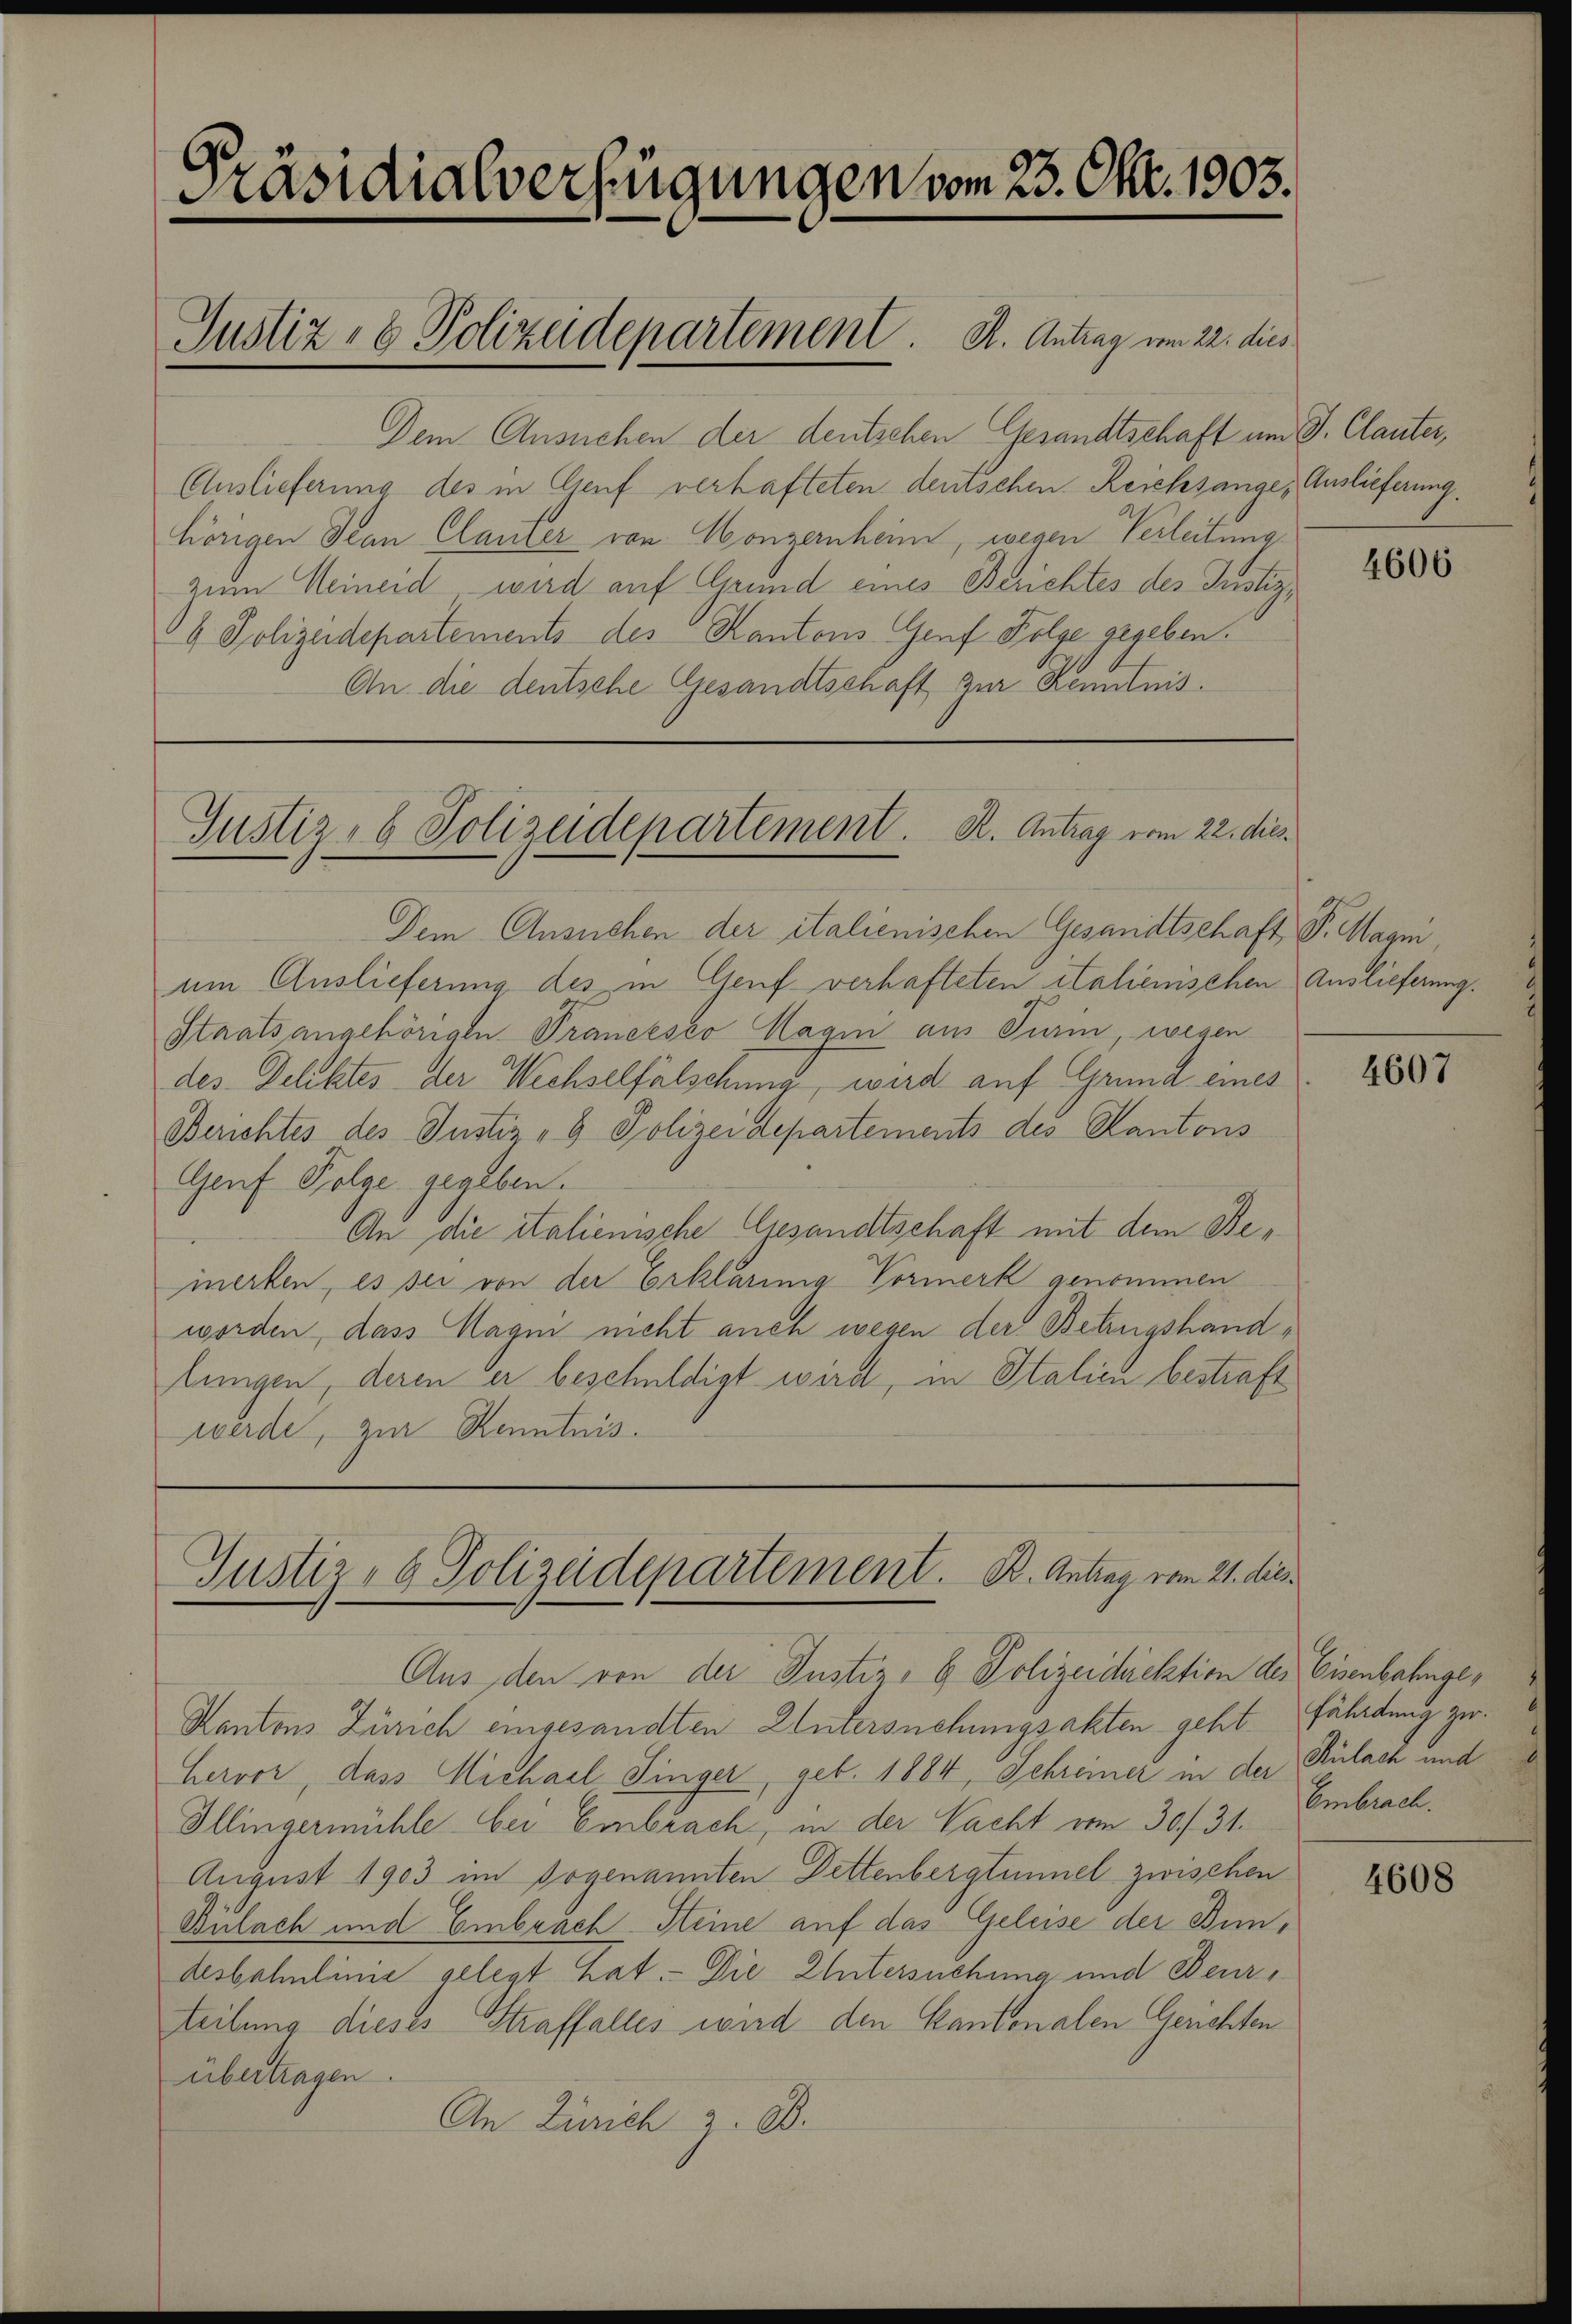
Präsidialverfügungen vom 23. Okt. 1003.
Justiz & Polizeidepartement. A. Antrag vom 22. dies

Dem Ansuchen der deutschen Gesandtschaft um J. Clauter,
Auslieferung des in Genf verhafteten deutschen Reichsange, Auslieferung.
hörigen Jean Clauser von Konzernheim, wegen Verleitung
zum Meineid wird auf Grund eines Berichtes des Justiz¬
4 Polizeidepartements des Kantons Genf Folge gegeben.
An die deutsche Gesandtschaft zur Kenntnis¬

Justiz- & Polizeidepartement. R. Antrag vom 22. dies

Justiz- & Polizeidepartement. B. Antrag vom 21. dies

Dem Ansuchen der italienischen Gesandtschaft, P. Magni
um Auslieferung des in Genf verhafteten italienischen Auslieferung.
Staatsangehörigen Prancesco Magni aus Turin, wegen
des Deliktes der Wechselfälschung, wird auf Grund eines
Berichtes des Justiz- & Polizeidepartements des Kantons
Genf Folge gegeben.
An die italienische Gesandtschaft mit dem Bemerken, es sei von der Erklärung Vormerk genommen
worden, dass Magen nicht auch wegen der Betrugshandlungen, deren er beschuldigt wird, in Italien bestraft
werde, zur Kenntnis.

Aus den von der Justiz- & Polizeidirektion des Eisenbahnge¬
Kantons Zürich eingesandten Untersuchungsakten geht.
Hervor, dass Michael Singer, geb. 1884, Schreiner in der Bülach und
Illingermühle bei Embrach, in der Nacht vom 30 f 31.
August 1903 im sogenannten Dettenbergtimnel zwischen
Bülach und Embrach. Steine auf das Geleise der Bun¬
Aesbahnlinie gelegt hat.- Die Untersuchung und Beurteilung dieses Straffalles wird den Kantonalen Gerichten
übertragen.
An Zürich z. B.

4606

4607

fährdung zu.
Embrach.

4608